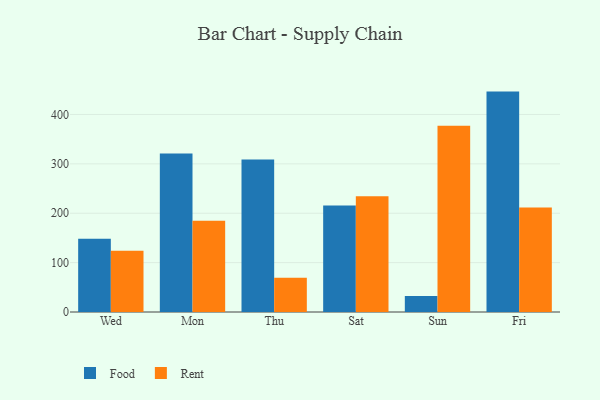
{"axis": {"x": "Day", "y": "Operating Costs (USD K)"}, "legend": ["Food", "Rent"], "data": [{"x": "Wed", "y": 148.3, "type": "Food"}, {"x": "Wed", "y": 123.8, "type": "Rent"}, {"x": "Mon", "y": 320.9, "type": "Food"}, {"x": "Mon", "y": 184.9, "type": "Rent"}, {"x": "Thu", "y": 308.6, "type": "Food"}, {"x": "Thu", "y": 69.5, "type": "Rent"}, {"x": "Sat", "y": 215.7, "type": "Food"}, {"x": "Sat", "y": 234.2, "type": "Rent"}, {"x": "Sun", "y": 32.3, "type": "Food"}, {"x": "Sun", "y": 377.4, "type": "Rent"}, {"x": "Fri", "y": 446.3, "type": "Food"}, {"x": "Fri", "y": 211.4, "type": "Rent"}]}